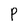
Character: P